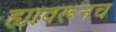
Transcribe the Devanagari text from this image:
ह्यावरूनच